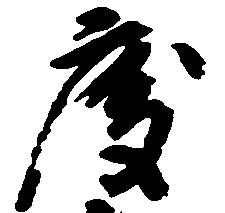
度